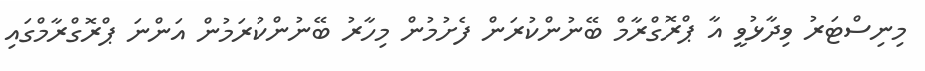
މިނިސްޓަރު ވިދާޅުވީ އާ ޕްރޮގްރާމް ބޭނުންކުރަން ފެށުމުން މިހާރު ބޭނުންކުރަމުން އަންނަ ޕްރޮގްރާމްގައި